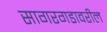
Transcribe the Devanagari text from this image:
सागरगडावरील